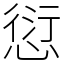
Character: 愆